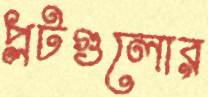
প্লটগুলোর